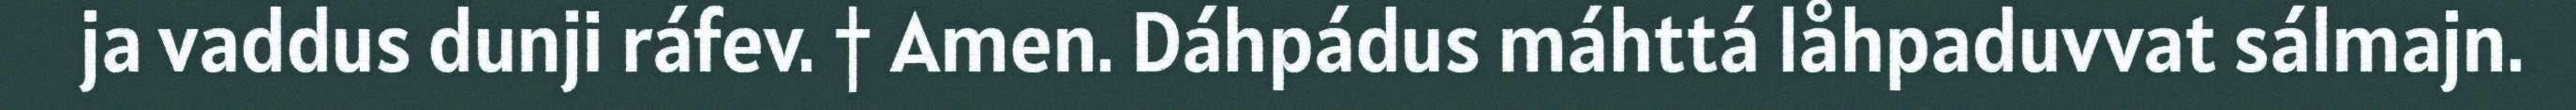
ja vaddus dunji ráfev. † Amen. Dáhpádus máhttá låhpaduvvat sálmajn.